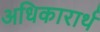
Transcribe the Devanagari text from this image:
अधिकारार्थ